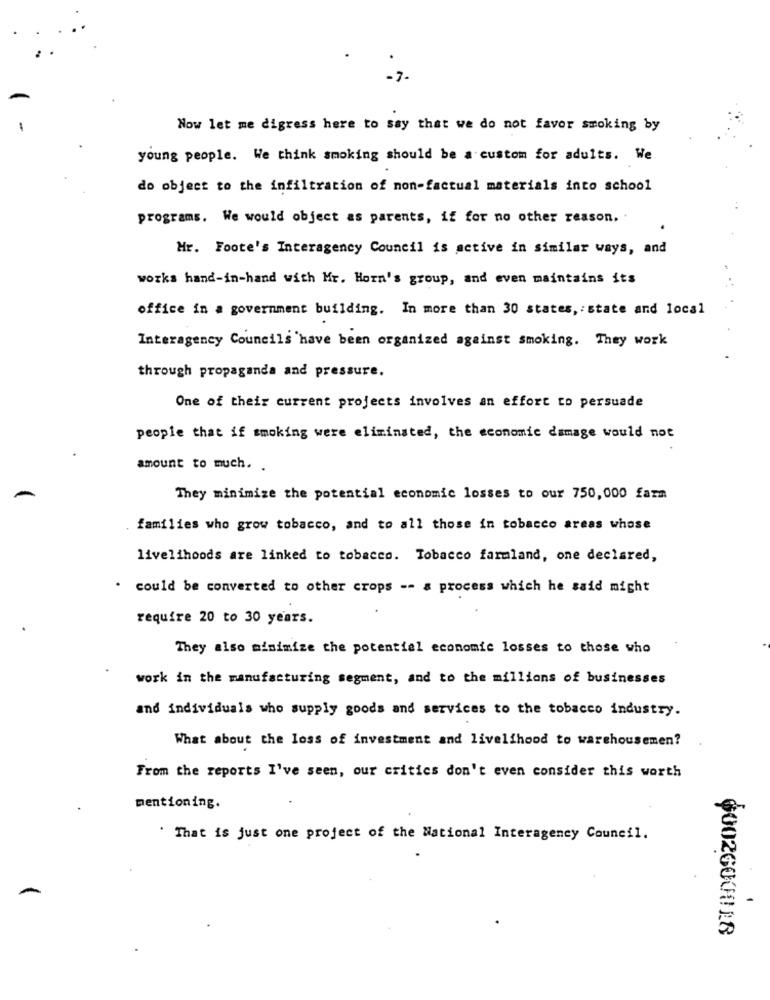
Now let me digress here to say that we do not favor smoking by
young people. We think smoking should be a custom for adults. We
do object to the infiltration of non-factual materials into school
programs. We would object as parents, if for no other reason, .
Hr. Foote's Interagency Council is active in similar ways, and
works hand-in-hand with Mr. Horn's group, and even maintains its
office in a government building. In more than 30 states, : state and local
Interagency Councils have been organized against smoking. They work
through propaganda and pressure.
One of their current projects involves an effort to persuade
people that if smoking were eliminated, the economic damage would not
amount to much. .
They minimize the potential economic losses to our 750,000 farm
families who grow tobacco, and to all those in tobacco areas whose
livelihoods are linked to tobacco. Tobacco farmland, one declared,
could be converted to other crops -- a process which he said might
require 20 to 30 years.
They also minimize the potential economic losses to those who
work in the manufacturing segment, and to the millions of businesses
and individuals who supply goods and services to the tobacco industry.
What about the loss of investment and livelihood to warehousemen?
From the reports I've seen, our critics don't even consider this worth
mentioning.
" That is just one project of the National Interagency Council.
$002600018